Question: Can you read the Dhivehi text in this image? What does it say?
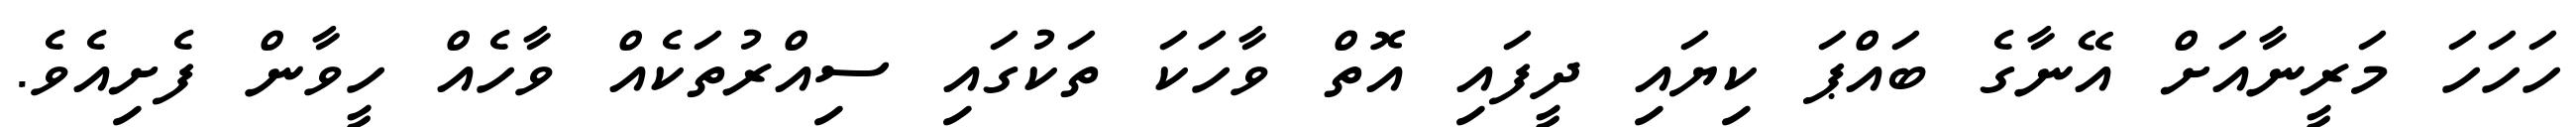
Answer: ހަހަހަ މަރީނާއަށް އޭނާގެ ބައްޕަ ކިޔައި ދީފައި އޮތް ވާހަކަ ތަކުގައި ސިއްރުތަކެއް ވާހެއް ހީވާން ފެށިއެވެ.